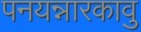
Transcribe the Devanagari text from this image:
पनयन्नारकावु